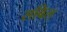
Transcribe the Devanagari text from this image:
सबिल